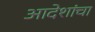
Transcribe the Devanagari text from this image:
आदेशांचा